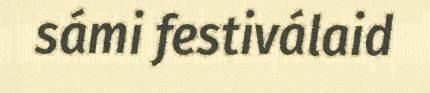
sámi festiválaid